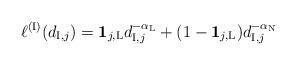
LaTeX: \begin{align*}\ell^{\mathrm{(I)}}(d_{\mathrm{I},j}) = \mathbf{1}_{j,\mathrm{L}} d_{\mathrm{I},j}^{-\alpha_\mathrm{L}} + (1-\mathbf{1}_{j,\mathrm{L}}) d_{\mathrm{I},j}^{-\alpha_\mathrm{N}}\end{align*}